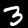
Digit: 3